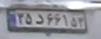
۳۵د۶۶۱۵۳